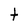
Character: t